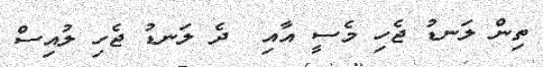
ތިން ލަނޑު ޖެހި މެސީ އާއި  ދެ ލަނޑު ޖެހި ލުއިސް